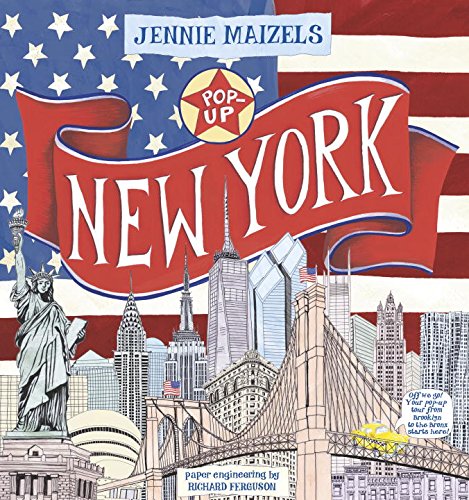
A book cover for Pop-up New York; Jennie Maizels; Children's Books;